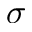
\sigma